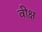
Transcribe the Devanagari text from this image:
वीक्ष